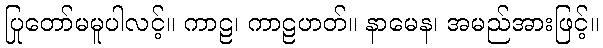
ပြုတော်မမူပါလင့်။ ကာဠ၊ ကာဠဟတ်။ နာမေန၊ အမည်အားဖြင့်။